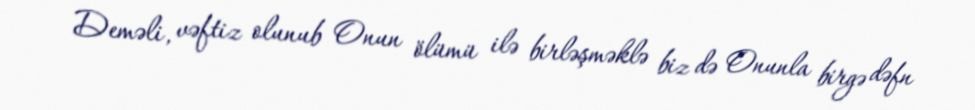
Deməli, vəftiz olunub Onun ölümü ilə birləşməklə biz də Onunla birgə dəfn